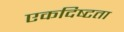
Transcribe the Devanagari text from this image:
एकदिष्‍टता